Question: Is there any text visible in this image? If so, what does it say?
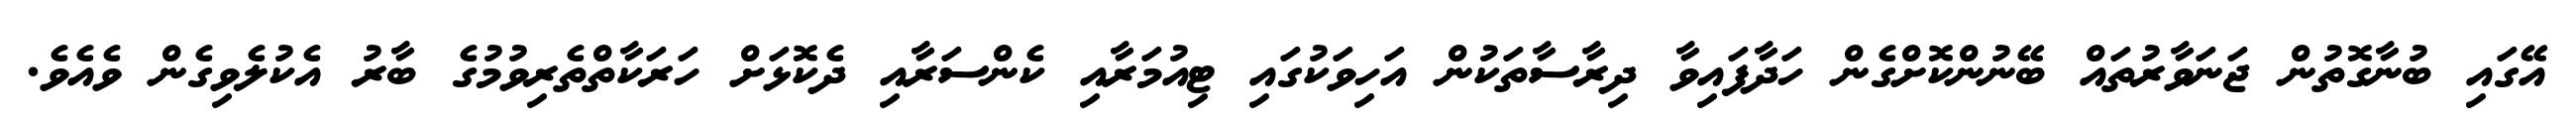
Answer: އޭގައި ބުނާގޮތުން ޖަނަވާރުތައް ބޭނުންކޮށްގެން ހަދާފައިވާ ދިރާސާތަކުން އަހިވަކުގައި ޓިއުމަރާއި ކެންސަރާއި ދެކޮޅަށް ހަރަކާތްތެރިވުމުގެ ބާރު އެކުލެވިގެން ވެއެވެ.